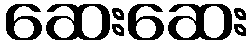
ဆေးဆေး